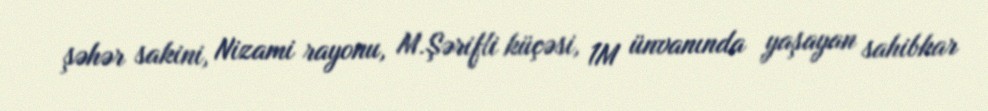
şəhər sakini, Nizami rayonu, M.Şərifli küçəsi, 1M ünvanında yaşayan sahibkar